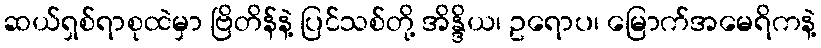
ဆယ်ရှစ်ရာစုထဲမှာ ဗြိတိန်နဲ့ ပြင်သစ်တို့ အိန္ဒိယ၊ ဥရောပ၊ မြောက်အမေရိကနဲ့